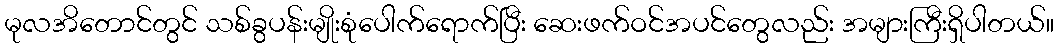
မုလအိတောင်တွင် သစ်ခွပန်းမျိုးစုံပေါက်ရောက်ပြီး ဆေးဖက်ဝင်အပင်တွေလည်း အများကြီးရှိပါတယ်။